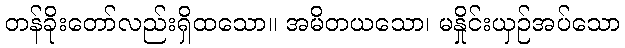
တန်ခိုးတော်လည်းရှိထသော။ အမိတယသော၊ မနှိုင်းယှဉ်အပ်သော